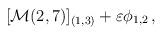
LaTeX: \begin{align*}[{\cal M}(2,7)]_{(1,3)} + \varepsilon \phi_{1,2}\, ,\end{align*}